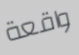
واقعة